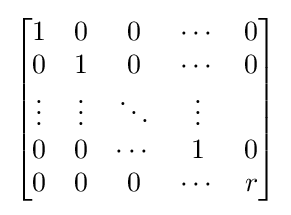
{\begin{bmatrix}1&0&0&\cdots &0\\0&1&0&\cdots &0\\\vdots &\vdots &\ddots &\vdots \\0&0&\cdots &1&0\\0&0&0&\cdots &r\\\end{bmatrix}}